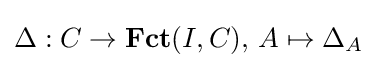
\Delta :C\to \mathbf {Fct} (I,C),\,A\mapsto \Delta _{A}